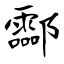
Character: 酃